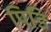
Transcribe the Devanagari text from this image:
पिडि